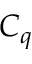
C _ { q }